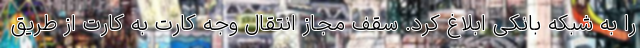
را به شبکه بانکی ابلاغ کرد. سقف مجاز انتقال وجه کارت به کارت از طریق